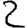
Digit: 2